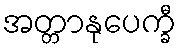
အတ္တာနုပေက္ခီ